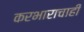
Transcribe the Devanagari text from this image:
करभाराचाही